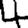
Digit: 4